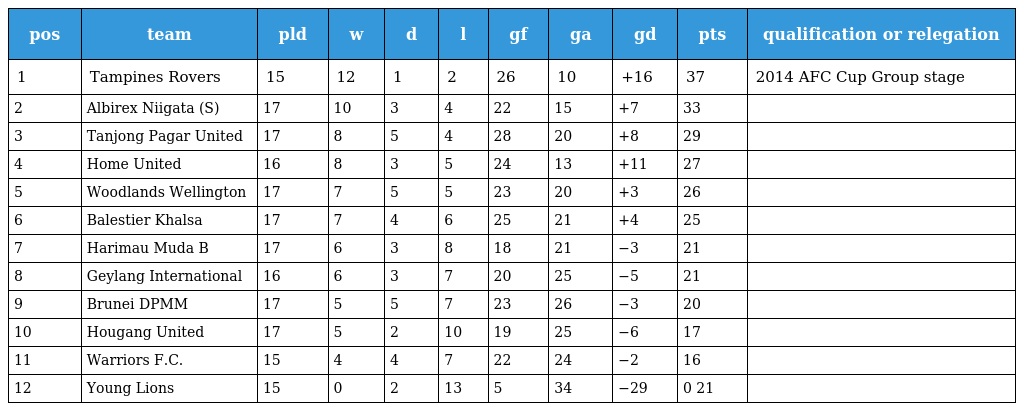
| pos | team | pld | w | d | l | gf | ga | gd | pts | qualification or relegation |
 | --- | --- | --- | --- | --- | --- | --- | --- | --- | --- | --- |
 | 1 | Tampines Rovers | 15 | 12 | 1 | 2 | 26 | 10 | +16 | 37 | 2014 AFC Cup Group stage |
 | 2 | Albirex Niigata (S) | 17 | 10 | 3 | 4 | 22 | 15 | +7 | 33 |  |
 | 3 | Tanjong Pagar United | 17 | 8 | 5 | 4 | 28 | 20 | +8 | 29 |  |
 | 4 | Home United | 16 | 8 | 3 | 5 | 24 | 13 | +11 | 27 |  |
 | 5 | Woodlands Wellington | 17 | 7 | 5 | 5 | 23 | 20 | +3 | 26 |  |
 | 6 | Balestier Khalsa | 17 | 7 | 4 | 6 | 25 | 21 | +4 | 25 |  |
 | 7 | Harimau Muda B | 17 | 6 | 3 | 8 | 18 | 21 | −3 | 21 |  |
 | 8 | Geylang International | 16 | 6 | 3 | 7 | 20 | 25 | −5 | 21 |  |
 | 9 | Brunei DPMM | 17 | 5 | 5 | 7 | 23 | 26 | −3 | 20 |  |
 | 10 | Hougang United | 17 | 5 | 2 | 10 | 19 | 25 | −6 | 17 |  |
 | 11 | Warriors F.C. | 15 | 4 | 4 | 7 | 22 | 24 | −2 | 16 |  |
 | 12 | Young Lions | 15 | 0 | 2 | 13 | 5 | 34 | −29 | 0 21 |  |